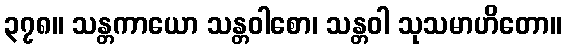
၃၇၈။ သန္တကာယော သန္တဝါစော၊ သန္တဝါ သုသမာဟိတော။